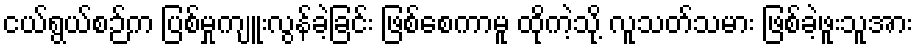
ငယ်ရွယ်စဉ်က ပြစ်မှုကျူးလွန်ခဲ့ခြင်း ဖြစ်စေကာမူ ထိုကဲ့သို့ လူသတ်သမား ဖြစ်ခဲ့ဖူးသူအား